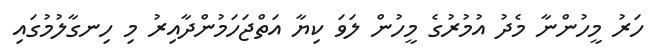
ހަރު މީހުންނާ މެދު އުމުރުގެ މީހުން ލަވަ ކިޔާ އަތްޖަހަމުންދާއިރު މި ހިނގާލުމުގައި